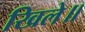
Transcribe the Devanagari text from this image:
खिले॥